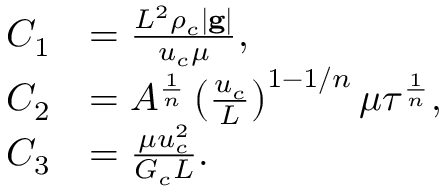
\begin{array} { r l } { C _ { 1 } } & { = \frac { L ^ { 2 } \rho _ { c } | \mathbf { g } | } { u _ { c } \mu } , } \\ { C _ { 2 } } & { = A ^ { \frac { 1 } { n } } \left( \frac { u _ { c } } { L } \right) ^ { 1 - 1 / n } \mu \tau ^ { \frac { 1 } { n } } , } \\ { C _ { 3 } } & { = \frac { \mu u _ { c } ^ { 2 } } { G _ { c } L } . } \end{array}